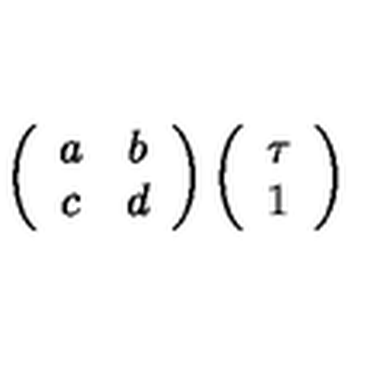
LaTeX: \left( \begin{array} { c c } { a } & { b } \\ { c } & { d } \\ \end{array} \right) \left( \begin{array} { c } { \tau } \\ { 1 } \\ \end{array} \right)